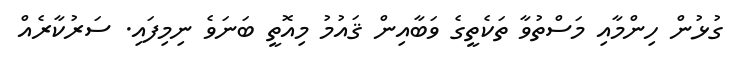
ގުޅުން ހިންމާއި މަސްތުވާ ތަކެތީގެ ވަބާއިން ޤައުމު މިއޮތީ ބަނަވެ ނިމިފައި. ސަރުކާރެއް